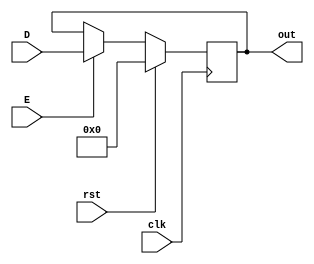
module sel_reg(D,clk,E,rst,out);
parameter size=18;
parameter z=1;
parameter RSTTYPE="SYNC";
input [size-1:0] D;
input clk,rst,E;
output [size-1:0]out;
reg [size-1:0]temp;
generate
    if (z) begin
        if(RSTTYPE=="SYNC")begin
            always @(posedge clk ) begin
                if(rst)temp<=0; 
                else if(E)temp<=D;
            end
        end
        else begin
            always @(posedge clk or posedge rst) begin
                if(rst)temp<=0;
                else if(E)temp<=D;
            end
        end
        assign out = temp;
    end
    else assign out=D;
endgenerate
endmodule